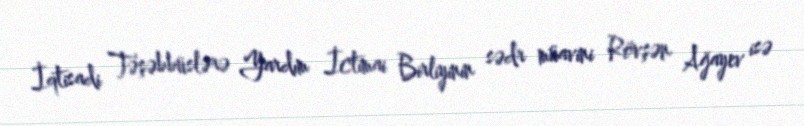
İqtisadi Təşəbbüslərə Yardım İctimai Birliyinin sədr müavini Rövşən Ağayev isə